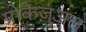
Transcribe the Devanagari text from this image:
प्रोकेज़ुअल